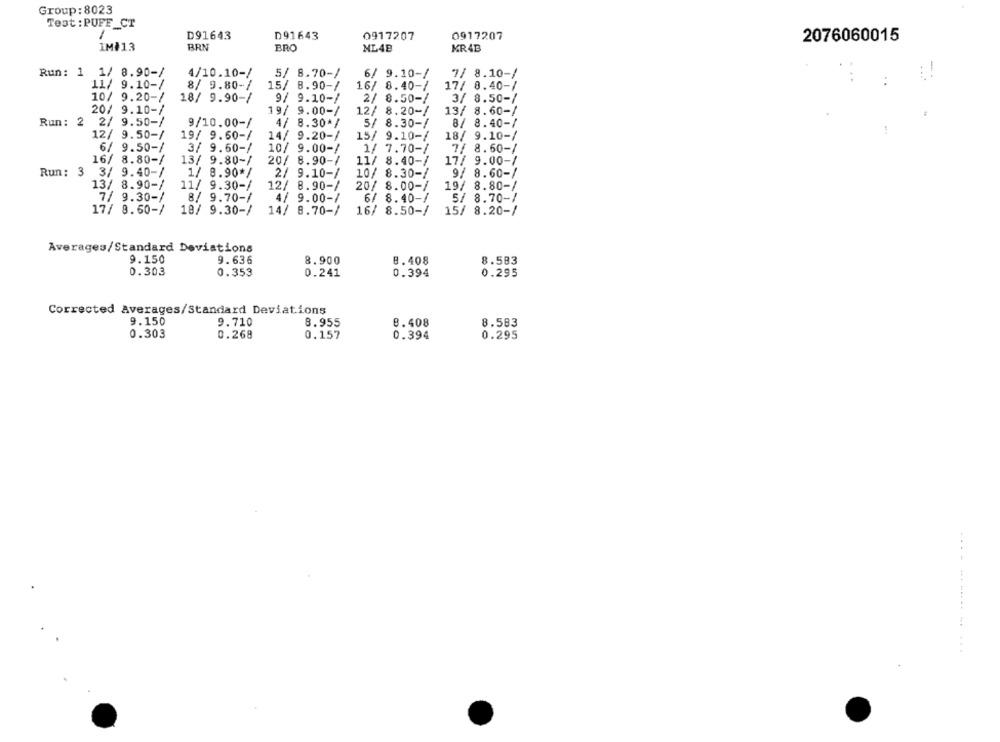
Group: 8023
Teat : PUFF_CT
D91643
D91643
0917207
0917207
2076060015
IM+13
BRN
BRO
ML48
MR4B
Run: 1 1/ 8.90-/
4/10.10-/
5/ 8.70-/
6/ 9.10-/
7/ 8.10-/
11/ 9.10-/
8/ 9.80-/
15/ 8.90-/
16/ 8.40-/
17/ 0.40-/
10/ 9.20-/
18/ 9.90-/
9/ 9.10-/
2/ 8.50-/
3/ 8.50-/
20/ 9.10-/
19/ 9.00-/
12/ 8.20-/
13/ 8.60-/
Run: 2 2/ 9.50-/
9/10.00-/
4/ 8.30*/
5/ 8.30-/
8/ 8.40-/
12/ 9.50-/
19/ 9.60-/
14/ 9.20-/
15/ 9.10-/
18/ 9.10-/
6/ 9.50-/
3/ 9.60-/
10/ 9.00-/
1/ 7.70-/
7/ 8.60-/
16/ 8.80-/
13/ 9.80-/
20/ 8.90-/
11/ 8.40-/
17/ 9.00-/
Run: 3 3/ 9.40-/
1/ 8.90*/
2/ 9.10-/
10/ 8.30-/
9/ 8.60-/
13/ 8.90-/
11/ 9.30-/
12/ 8.90-/
19/ 8.80-/
20/ 8.00-/
7/ 9.30-/
8/ 9.70-/
4/ 9.00-/
6/ 8.40-/
5/ 8.70-/
17/ 8.60-/
18/ 9.30-/
14/ 8.70-/
16/ 8.50-/
15/ 8.20-/
Averages/Standard Deviations
9.150
9.636
8.900
8.408
8.583
0.303
0.353
0.241
0.394
0.295
Corrected Averages/Standard Deviations
9.150
9.710
8.955
8.408
8.583
0.303
0.268
0.157
0.394
0.295
.... ..............